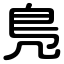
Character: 鳬